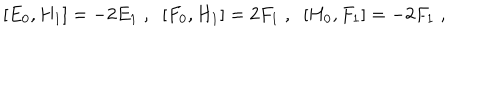
[ E _ { 0 } , H _ { 1 } ] = - 2 E _ { 1 } \; , \; \; [ F _ { 0 } , H _ { 1 } ] = 2 F _ { 1 } \; , \; \; [ H _ { 0 } , F _ { 1 } ] = - 2 F _ { 1 } \; ,